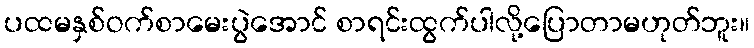
ပထမနှစ်ဝက်စာမေးပွဲအောင် စာရင်းထွက်ပါလို့ပြောတာမဟုတ်ဘူး။